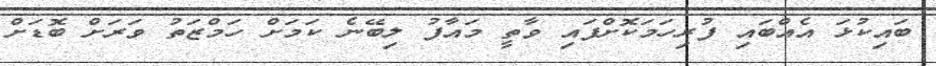
ބައިކުޅަ އެއްބައި ފުރިހަމަކޮށްފައި ވާތީ މައާފު ލިބޭނެ ކަމަށް ހަމްޒަތު ވަރަށް ބޮޑަށް